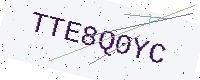
Text: TTE8Q0YC